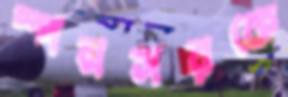
স্পনসরকে